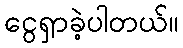
ငွေရှာခဲ့ပါတယ်။